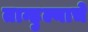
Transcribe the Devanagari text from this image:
तान्हुल्याचे